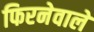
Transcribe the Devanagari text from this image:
फिरनेवाले